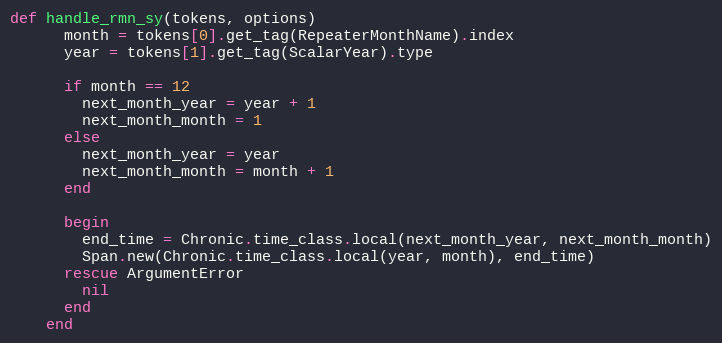
Language: Ruby
def handle_rmn_sy(tokens, options)
      month = tokens[0].get_tag(RepeaterMonthName).index
      year = tokens[1].get_tag(ScalarYear).type

      if month == 12
        next_month_year = year + 1
        next_month_month = 1
      else
        next_month_year = year
        next_month_month = month + 1
      end

      begin
        end_time = Chronic.time_class.local(next_month_year, next_month_month)
        Span.new(Chronic.time_class.local(year, month), end_time)
      rescue ArgumentError
        nil
      end
    end